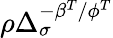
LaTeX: \rho\Delta_{\sigma}^{-\beta^{T}/\phi^{T}}